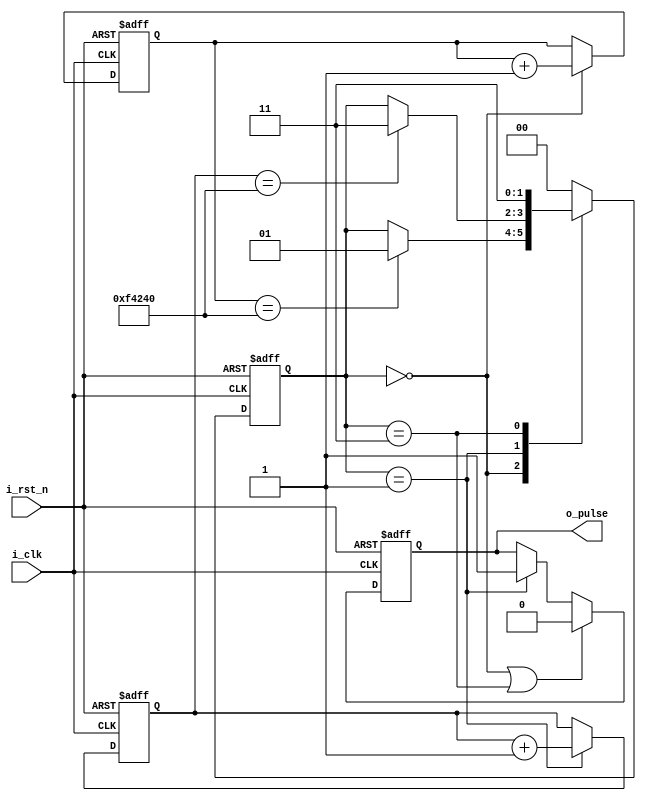
`timescale 1ns / 1ps
//////////////////////////////////////////////////////////////////////////////////
// Company: 
// 
// Design Name: 
// Module Name: pac_chek
// Project Name: 
// Target Devices: 
// Tool Versions: 
// Description: 
// 
// Dependencies: 
// 
// Revision:
// Revision 0.01 - File Created
// Additional Comments:
// generate a pulse 
// pulse width = PULSE_NEGEDGE_TIME - PULSE_POSEDGE_TIME
//////////////////////////////////////////////////////////////////////////////////

module pulse_gen(
        input   			i_rst_n
        ,input   			i_clk
		
		,output				o_pulse
    );
	
    parameter   P_IDLE  = 2'd0;
    parameter   P_PULSE  = 2'd1;
    parameter   P_EOF  = 2'd2;
    parameter   P_WAIT  = 2'd3;

    parameter   PULSE_POSEDGE_TIME   = 32'd1000000;
    parameter   PULSE_NEGEDGE_TIME   = 32'd2000000;

	
    (*KEEP = "TRUE"*) reg   [1:0]   	r_state;
    (*KEEP = "TRUE"*) reg   [31:0]   	r_pulse_width_cnt;
    (*KEEP = "TRUE"*) reg   [31:0]   	r_pulse_posedge_cnt;
    (*KEEP = "TRUE"*) reg   		   	r_pulse;
	
    //FSM controller
    always @ (posedge i_clk or negedge i_rst_n)
    begin
        if (!i_rst_n)
            r_state <= P_IDLE;
        else
        begin
            case (r_state)
                P_IDLE: begin
                    if ((r_pulse_posedge_cnt == PULSE_POSEDGE_TIME))
                        r_state <= P_PULSE;
                    else ;
                end
                
                P_PULSE: begin
                    if ((r_pulse_width_cnt == (PULSE_NEGEDGE_TIME - PULSE_POSEDGE_TIME )))
                        r_state <= P_WAIT;
                    else ;
                end
				
                P_WAIT: begin
                    r_state <= P_WAIT;
                end
                
                default: r_state <= P_IDLE;
            endcase
        end
    end	
	
    // counter before pulse is generated
    always @ (posedge i_clk or negedge i_rst_n)
    begin
        if (!i_rst_n)
            r_pulse_posedge_cnt <= 32'd0;
        else begin
            if ( (r_state == P_IDLE) ) begin
                r_pulse_posedge_cnt <= r_pulse_posedge_cnt + 1'b1;
            end
        end
    end
	
    //counter during pulse is generated
    always @ (posedge i_clk or negedge i_rst_n)
    begin
        if (!i_rst_n)
            r_pulse_width_cnt <= 32'd0;
        else begin
            if ( (r_state == P_PULSE) ) begin
                r_pulse_width_cnt <= r_pulse_width_cnt + 1'b1;
            end
        end
    end
	
    //counter during pulse is generated
    always @ (posedge i_clk or negedge i_rst_n)
    begin
        if (!i_rst_n)
            r_pulse <= 1'b0;
        else begin
            if ( (r_state == P_IDLE) || (r_state == P_WAIT)) begin
                r_pulse <= 1'b0;
            end
			else if ((r_state == P_PULSE)) begin
				r_pulse <= 1'b1;
			end
        end
    end
	assign o_pulse = r_pulse;
endmodule